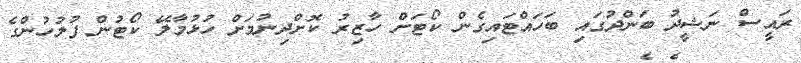
ރައީސް ނަޝީދު ބަންދުގައި ބަހައްޓައިގެން ކޯޓަށް ހާޒިރު ކޮށްދިނުމަށް ހުޅުމާލޭ ކޯޓުން ފުލުހުންގެ